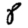
Digit: 8